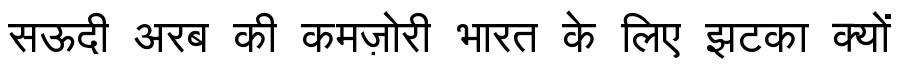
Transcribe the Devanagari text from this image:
सऊदी अरब की कमज़ोरी भारत के लिए झटका क्यों